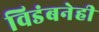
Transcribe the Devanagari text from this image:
विडंबनेही